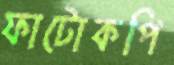
ফাটোকপি